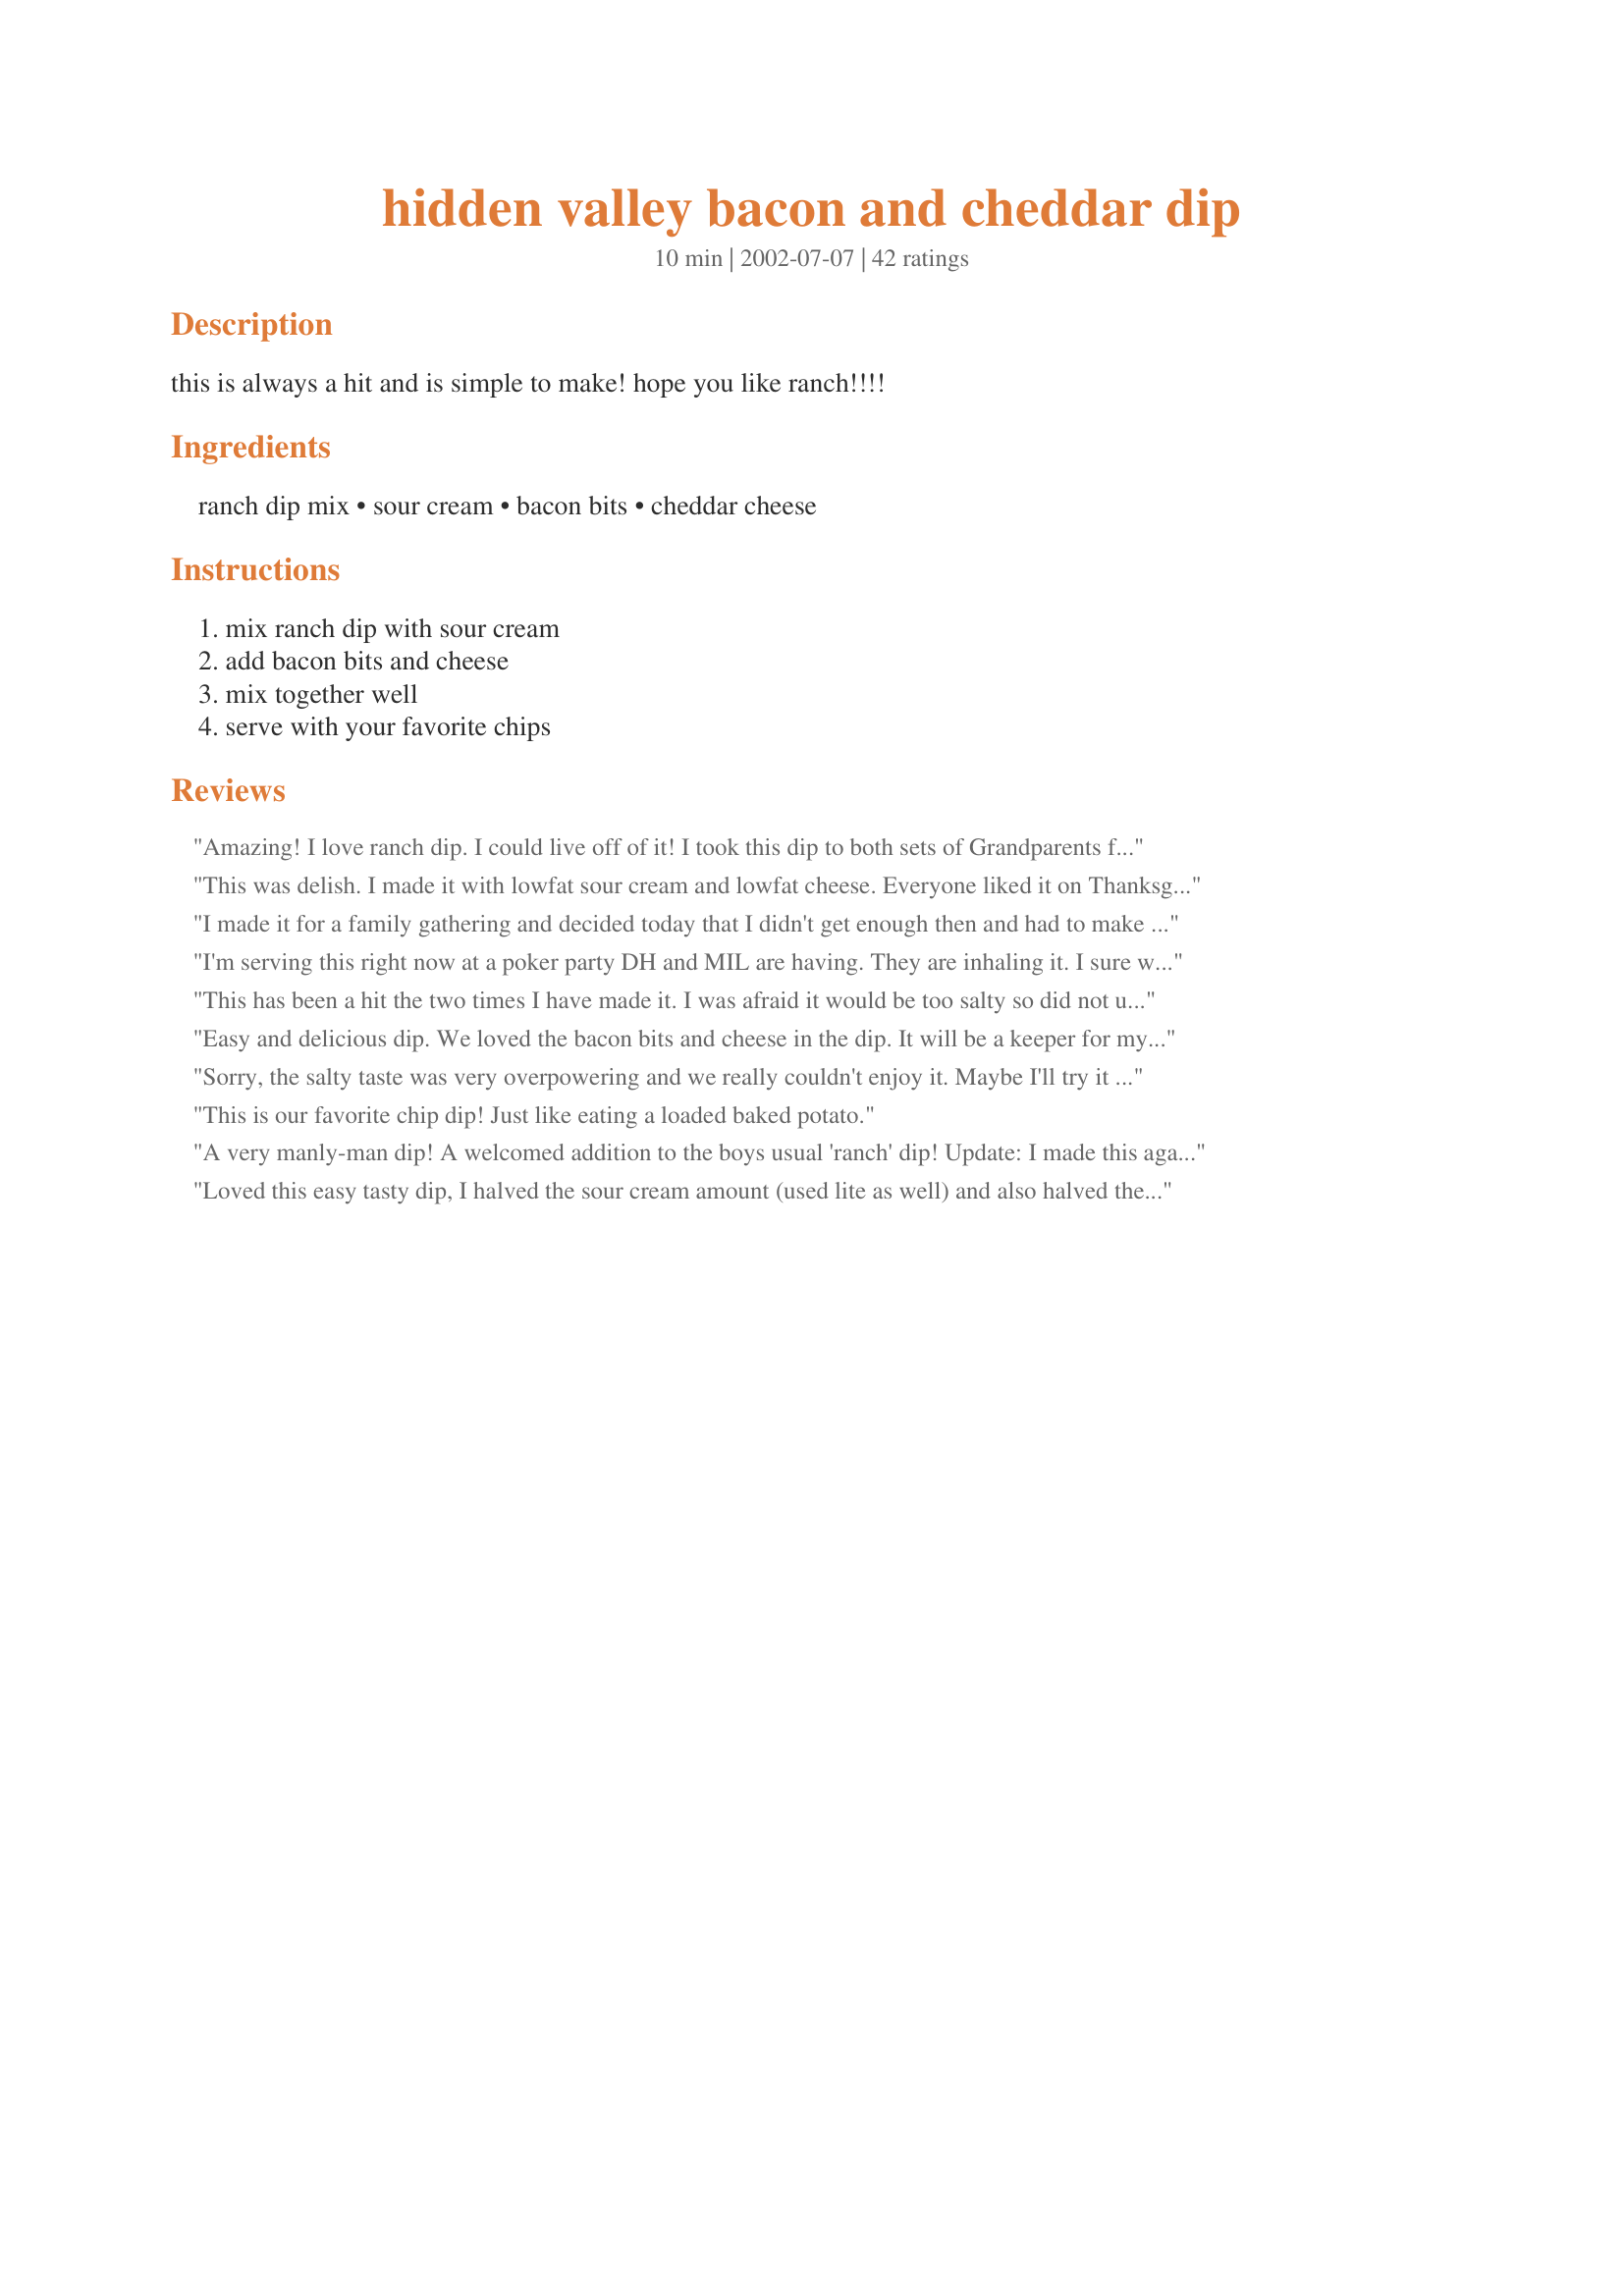
hidden valley bacon and cheddar dip
Preparation time: 10 minutes

this is always a hit and is simple to make! hope you like ranch!!!!

Ingredients:
ranch dip mix, sour cream, bacon bits, cheddar cheese

Steps:
mix ranch dip with sour cream, add bacon bits and cheese, mix together well, serve with your favorite chips

Reviews:
Amazing! I love ranch dip. I could live off of it! I took this dip to both sets of Grandparents for Christmas and it was a huge success!!
This was delish. I made it with lowfat sour cream and lowfat cheese. Everyone liked it on Thanksgiving!
I made it for a family gathering and decided today that I didn't get enough then and had to make more. I probably used a little more bacon and cheese but I love the texture and taste both. I served it with veggies and Sunchips and wasn't too salty at all. On that note I made it with a store brand dip mix today and it seemed to be less salty. I would like to try it with one of the HVR dip mix clones that are here on 'Zaar, I bet it would be great.
I'm serving this right now at a poker party DH and MIL are having. They are inhaling it. I sure wish I had made a double batch. I served it with baked Lays potato chips and Ritz Crisps. Thanks for a a really tasty, easy dip. I love that I always have the ingredients on hand.
This has been a hit the two times I have made it. I was afraid it would be too salty so did not use all the bacon bits but pretty close to it. Served with celery, carrots, and crackers. Have already passed this one along.
Easy and delicious dip. We loved the bacon bits and cheese in the dip. It will be a keeper for my next party we have. Thanks for sharing this delicious dip.
Sorry, the salty taste was very overpowering and we really couldn't enjoy it. Maybe I'll try it again using crumbled turkey bacon to tone down the saltiness.
This is our favorite chip dip! Just like eating a loaded baked potato.
A very manly-man dip! A welcomed addition to the boys usual 'ranch' dip! Update: I made this again and used real bacon in place of bacon bits. It toned down the saltiness and added a great depth in flavor.
Loved this easy tasty dip, I halved the sour cream amount (used lite as well) and also halved the ranch dressing (had half a packet leftover from another recipe)and cheese.
This is the BEST cold dip. :) I only used 1/2 of the ranch packet, because for me those packets can be a bit salty. I also used low fat sour cream and low fat cheese. I served with baked natural chips and it is terrific! Thanks for sharing. Great for a crowd or potluck too!
This was just ok for us...tasted like plain ole ranch dressing to me.
MAde this for my daughters party. I had no internet so I tried to remember what all went in it!!!! I left out the cheese!!!! It was still really good and everyone loved it. I can only imagine how much better it will be with cheese in it! Thanks
Quick, easy, simple and almost always have the ingredients on hand in case last minute company comes over, but didn't wow the family for a 4th of July party.
This dip was a BIG HIT at the family get-together that I served it at. Everyone loved it and the whole bowl was gone in no time. I bought both ruffled potatoe chips and Ranch Doritos to serve with with it, and they both tasted great, but I think the potatoe chips tasted the best with it. I was concerned that it might be a bit too salty, as one reviewer mentioned, so I used only half the Bacon Bits. I used the entire packet of Ranch Dressing, and it turned out great, but I may try it with only half the packet next time, since the chips have a great deal of salt, as well. It was so fast and easy to put together, and tasted fabulous - this dip may just be my new potluck /party staple!
Made this for Christmas Eve when my aunts and uncles came over. This went really fast and my aunt kept asking me for the recipe. The thing I canèt belive is how EASY it is to make. I can remeber this recipe having only made it once. Am sure to make it many more times. Nothing but pluses for this super dip. I serevd this with fresh cut up veggies. Thanks for a keeper!
A rich, intensly flavored dip that is good with chips and celery. I halved the recipe. Thanks Fluffy!
Great dip! I made this to snack on and it hit the spot. Thanks!
This is one of my all time favorite recipes. My BF's mother makes it and I can't keep away from it!! Will definantly try it out myself!
I needed something I could prepare quickly to take to a St. Paddy's Party and this fit the bill. I didn't have bacon bits so I threw in some roasted red peppers and some green chilies for the party theme. I also used the four cheese mexican mix. Simple, quick and tasty. Thanks for sharing your recipe Fluffy!
This was pretty good. I cooked bacon for it. I do not like bacon bits. I would make it again.
This is a great dip. I used low fat dairy products and used 1-2 Tbl. of my own ranch dresing. This come together fast and is eaten even faster.
This was very easy to make and I think I could enjoy it a whole lot more if it didn't taste so saltly. Just a warning for those who don't use much salt. I will make it again but try with half the ranch mix and half the bacon.
This was very good! However, when I made it as written, we thought the bacon was a bit overpowering, so I used 2 containers of sour cream/2 packets of dip mix. Made it a bit creamier, which is just how we like our dips!! Thanks; I'm sure we'll use this recipe often!
They loved it! I doubled the recipe and had only a little left over. People thought I actually cooked the bacon (I used Oscar Mayer real bacon bits). I served it with chips but next time I'll set out some veggies too. Thanks for sharing!


I made this up last nite to have for a happy hour snack today. I had to taste it and it was FABULOUS!!! I can't wait to dig in later! I used fresh grated sharp cheddar (I like the texture more than the pre-bagged stuff) and I used Recipe #28324 (Ranch dip mix) instead the of the packet. Will definitely be a repeat - for tailgating/football parties especially!
This is really good!! I usually make just the ranch dip, but the addition of cheese and bacon is awsome! Will be my new ranch dip!
I LOVE to make this dip!! Soooo easy. I got this recipe 4 or 5 years ago, and it's great for parties, with crackers, veggies or the scooped-out bread if you serve the dip in a bread bowl. I don't even measure; I put my sour cream & ranch in a bowl, mix, then add handfuls of the cheese & bacon bits. I recommend using the finely shredded cheese. Also, I've used fat-free sour cream & low-fat cheese, and the taste is still really good!
This was really wonderful. It was a bit rich for me at first, so I added more sour cream. It was absolutely a hit at the Halloween party! I am overdue on reviewing this recipe.
This was very quick and easy to throw together and tasted great! I used light sour cream and served with potato chips.
Great dip. Simple, great to have when there are kids at the party. DH said he doesn't like dip, but he liked this!
This is good, we liked it alot. The ingredient list is short and the prep time on this is so quick. My family loves it. We served it with chips and breadsticks. Yummy, thank you for posting.
Not bad. I probably wouldn't make it again though. A little salty and well we liked it but weren't overly impressed by it. To each his own. Thanks for sharing-
Don't know what I could have done wrong. The dip was sooo thick the chips just broke off, and boy was it salty. I like salty, but it was way too much for me. Maybe was the bacon I used, it was Oscar Meyer, but other than that I have no clue, tried to add more sour cream to think it a little and cut back on the saltiness, but it didn't work well, also tried to use carrots to dip, but did not like that either. Sorry, I just don't know what was wrong as far as the two problems I had with it. But from reviews, a lot of people did like it, and I am glad.
This was a big hit at my daughter's birthday party and very easy to make. I used real bacon instead of bacon bits.
I can vouch for this stuff....SUPER GOOD!!!!
Very simple, and very good. I added this to our Super Bowl menu this year. It went well with ruffled potato chips and veggies. This is a great, quick dip for any casual occasion.
This was good. My mom gave it a five but I didn't like it THAT much. EASY to make.
I made this while we were camping over the 4th everyone loved it! I am making it again tonight to take to a party and adding in some green onions. I think bell pepper would be nice too. Thanks!
While the men in my family seem to like this, I find it too salty and will not make it again. Thanks anyway.
I had a potluck for work this week, and was looking for something I could make pretty quickly. I have decided that real bacon is the way to go. Next time, I am going to make the rest of the dip ahead of time, and then add the bacon in the last minute. Everyone gobbled it up, and loved it! Thanks for sharing!
I have made this recipe several times, and always get great reviews. No one complains about too much salt. The only difference is that I always use real fried bacon in the recipe. I usually add more than the 1/4 cup, but it never seems overly salty, when the bacon is fried and crumpled, and not out of a bottle or pouch.
